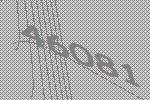
46081